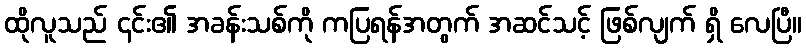
ထိုလူသည် ၎င်း၏ အခန်းသစ်ကို ကပြရန်အတွက် အဆင်သင့် ဖြစ်လျက် ရှိ လေပြီ။